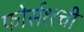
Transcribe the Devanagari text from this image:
फोर्स११ची